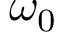
\omega _ { 0 }